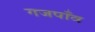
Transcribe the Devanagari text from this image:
गजपाँव